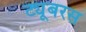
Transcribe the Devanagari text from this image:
ट्यूबरस